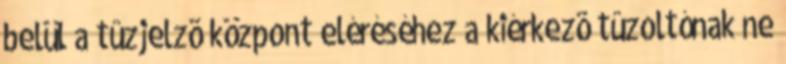
belül a tûzjelzõ központ eléréséhez a kiérkezõ tûzoltónak ne